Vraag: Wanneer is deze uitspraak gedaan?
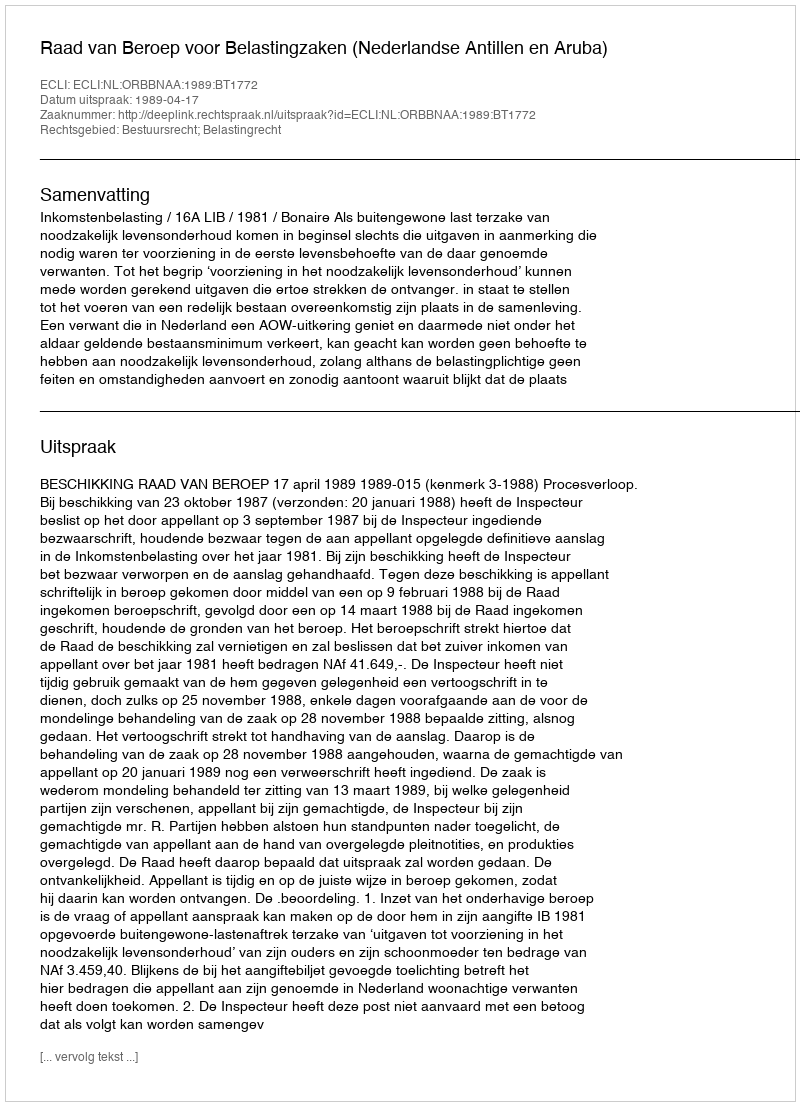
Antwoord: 1989-04-17